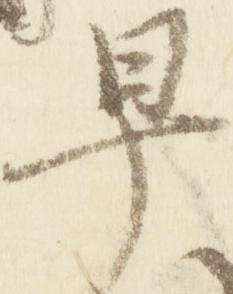
早